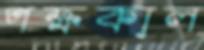
পক্ষকাল